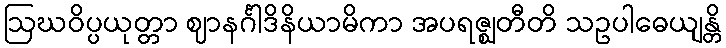
ဩဃဝိပ္ပယုတ္တာ ဈာနင်္ဂါဒိနိယာမိကာ အပရဇ္ဈတီတိ သဥပါဓေယျန္တိ